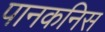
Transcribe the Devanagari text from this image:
पानकनिस